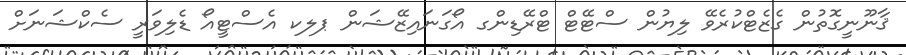
ޤާނޫނީގޮތުން ގެޒެޓްކުރެވޭ ލިޔުން ސްޓޭޓް ޓްރޭޑިންގ އޯގަނައިޒޭޝަން ޕލކ އެސްޓީއޯ ޑެލިވަރީ ސެކްޝަނަށް